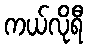
ကယ်လိုရီ